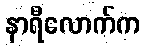
နာရီလောက်က